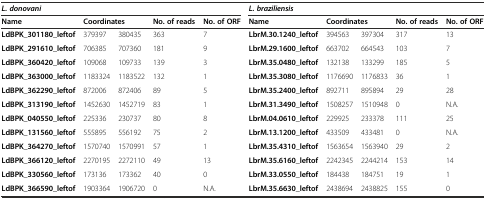
<table><thead><tr><td colspan="5"><b><i>L. donovani</i></b></td><td colspan="5"><b><i>L. braziliensis</i></b></td></tr><tr><td><b>Name</b></td><td colspan="2"><b>Coordinates</b></td><td><b>No. of reads</b></td><td><b>No. of ORF</b></td><td><b>Name</b></td><td colspan="2"><b>Coordinates</b></td><td><b>No. of reads</b></td><td><b>No. of ORF</b></td></tr></thead><tbody><tr><td><b>LdBPK_301180_leftof</b></td><td>379397</td><td>380435</td><td>363</td><td>7</td><td><b>LbrM.30.1240_leftof</b></td><td>394563</td><td>397304</td><td>317</td><td>13</td></tr><tr><td><b>LdBPK_291610_leftof</b></td><td>706385</td><td>707360</td><td>181</td><td>9</td><td><b>LbrM.29.1600_leftof</b></td><td>663702</td><td>664543</td><td>103</td><td>7</td></tr><tr><td><b>LdBPK_360420_leftof</b></td><td>109068</td><td>109733</td><td>139</td><td>3</td><td><b>LbrM.35.0480_leftof</b></td><td>132138</td><td>133299</td><td>185</td><td>5</td></tr><tr><td><b>LdBPK_363000_leftof</b></td><td>1183324</td><td>1183522</td><td>132</td><td>1</td><td><b>LbrM.35.3080_leftof</b></td><td>1176690</td><td>1176833</td><td>36</td><td>1</td></tr><tr><td><b>LdBPK_362290_leftof</b></td><td>872006</td><td>872406</td><td>89</td><td>5</td><td><b>LbrM.35.2400_leftof</b></td><td>892711</td><td>895894</td><td>29</td><td>28</td></tr><tr><td><b>LdBPK_313190_leftof</b></td><td>1452630</td><td>1452719</td><td>83</td><td>1</td><td><b>LbrM.31.3490_leftof</b></td><td>1508257</td><td>1510948</td><td>0</td><td>N.A.</td></tr><tr><td><b>LdBPK_040550_leftof</b></td><td>225336</td><td>230737</td><td>80</td><td>8</td><td><b>LbrM.04.0610_leftof</b></td><td>229925</td><td>233378</td><td>111</td><td>25</td></tr><tr><td><b>LdBPK_131560_leftof</b></td><td>555895</td><td>556192</td><td>75</td><td>2</td><td><b>LbrM.13.1200_leftof</b></td><td>433509</td><td>433481</td><td>0</td><td>N.A.</td></tr><tr><td><b>LdBPK_364270_leftof</b></td><td>1570740</td><td>1570991</td><td>57</td><td>1</td><td><b>LbrM.35.4310_leftof</b></td><td>1563654</td><td>1563940</td><td>29</td><td>2</td></tr><tr><td><b>LdBPK_366120_leftof</b></td><td>2270195</td><td>2272110</td><td>49</td><td>13</td><td><b>LbrM.35.6160_leftof</b></td><td>2242345</td><td>2244214</td><td>153</td><td>14</td></tr><tr><td><b>LdBPK_330560_leftof</b></td><td>173136</td><td>173362</td><td>40</td><td>0</td><td><b>LbrM.33.0550_leftof</b></td><td>184438</td><td>184751</td><td>19</td><td>1</td></tr><tr><td><b>LdBPK_366590_leftof</b></td><td>1903364</td><td>1906720</td><td>0</td><td>N.A.</td><td><b>LbrM.35.6630_leftof</b></td><td>2438694</td><td>2438825</td><td>155</td><td>0</td></tr></tbody></table>